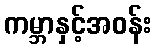
ကမ္ဘာနှင့်အဝန်း